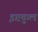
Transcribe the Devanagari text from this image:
इष्टकुल